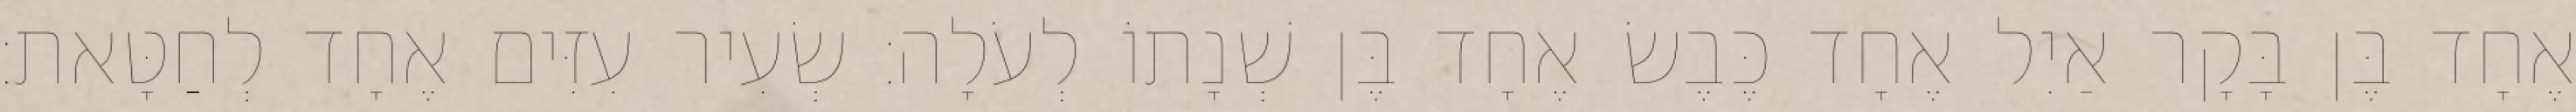
אֶחָד בֶּן בָּקָר אַיִל אֶחָד כֶּבֶשׂ אֶחָד בֶּן שְׁנָתוֹ לְעֹלָה׃ שְׂעִיר עִזִּים אֶחָד לְחַטָּאת׃